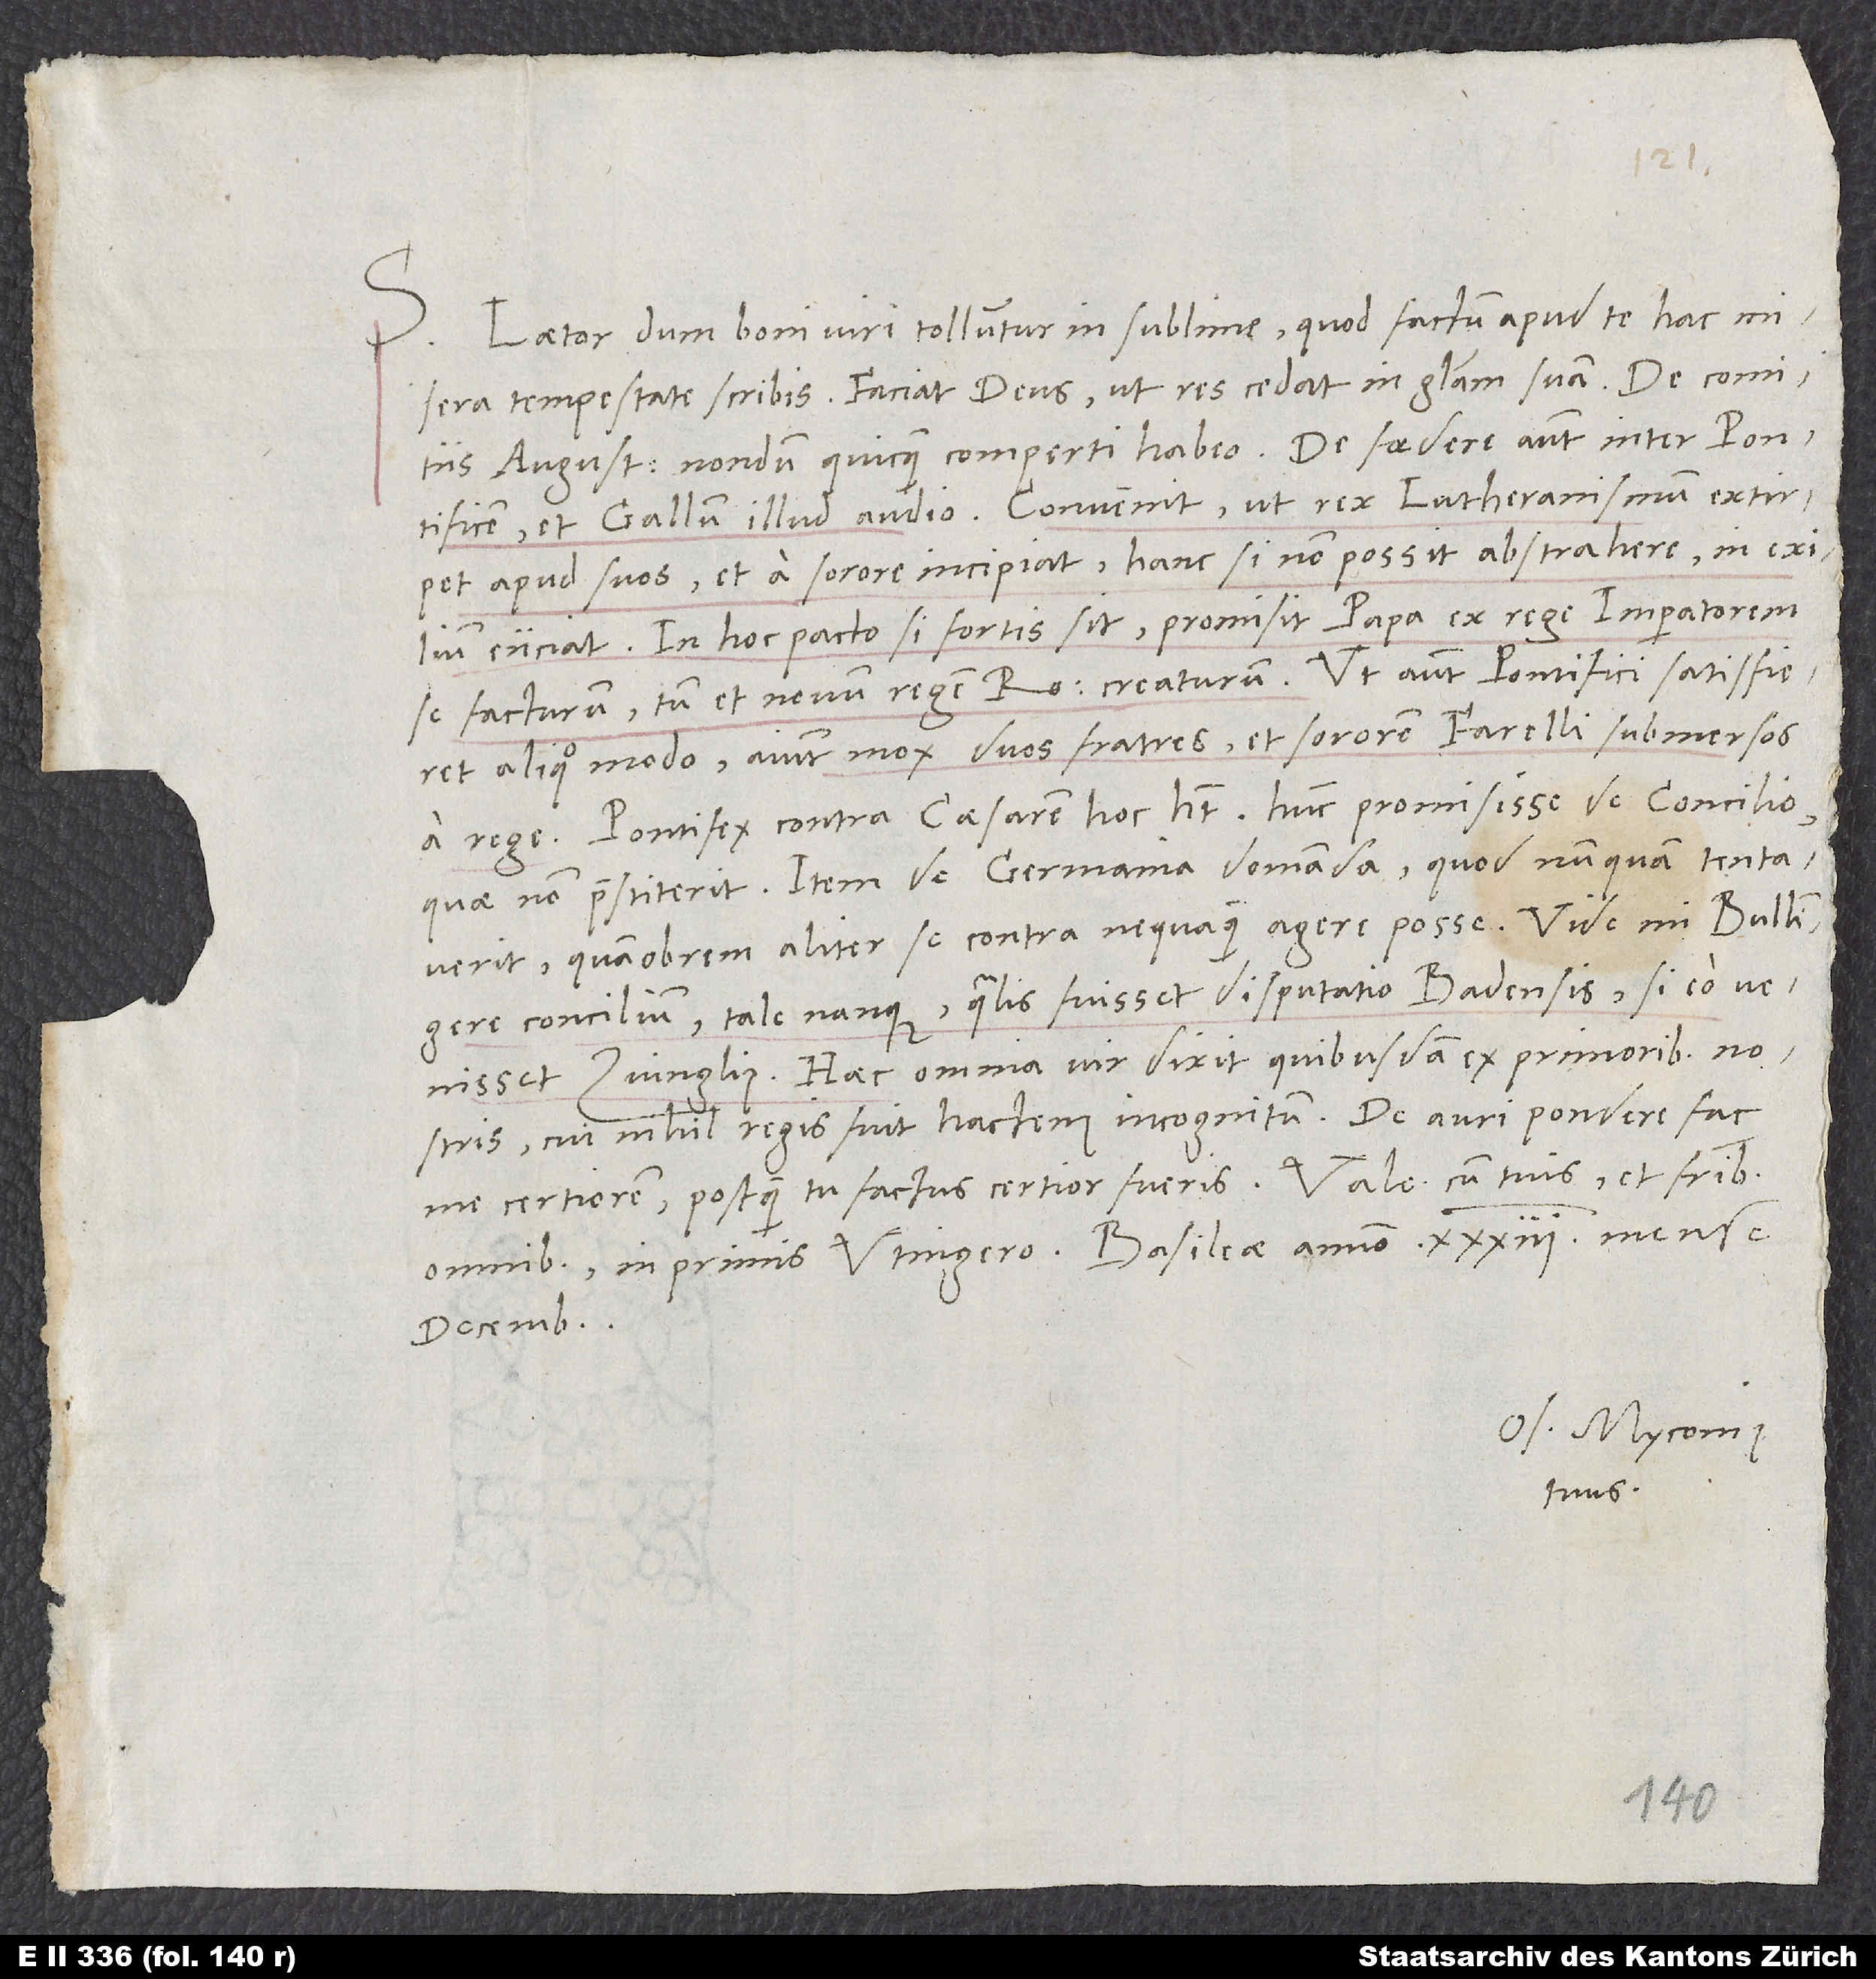
Laetor, dum boni viri tolluntur in sublime, quod factum apud te hac misera
tempestate scribis. Faciat deus, ut res cedat in gloriam suam. De comitiis
Augustanis nondum quicquam comperti habeo. De foedere autem inter pontificem
et Gallum illud audio: Convenit, ut rex Lutheranismum extirpet
apud suos et a sorore incipiat; hanc si non possit abstrahere, in exilium
eiiciat. In hoc pacto si fortis sit, promisit papa ex rege imperatorem
se facturum, tum et novum regem Ro creaturum. Ut autem pontifici satisfieret
aliquo modo, aiunt mox duos fratres et sororem Farelli submersos
a rege. Pontifex contra caesarem hoc habet: Hunc promisisse de concilio,
quae non praestiterit, item de Germania domanda, quod nunquam tentaverit,
quamobrem aliter se contra nequaquam agere posse. Vide, mi Bullingere,
concilium, tale nanque, qualis fuisset disputatio Badensis, si eo venisset
Zuinglius. Haec omnia vir dixit quibusdam ex primoribus nostris,
cui nihil regis fuit hactenus incognitum. De auri pondere fac
decembri.
Os. Myconius
tuus.